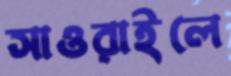
সাওরাইলে